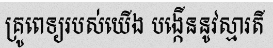
គ្រូពេទ្យរបស់យើង បង្កើននូវស្មារតី